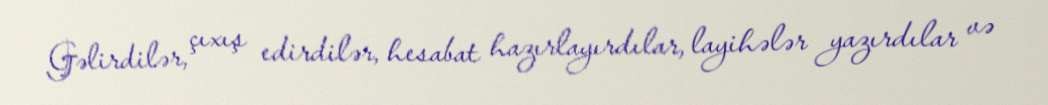
Gəlirdilər, çıxış edirdilər, hesabat hazırlayırdılar, layihələr yazırdılar və